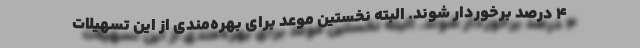
۴ درصد برخوردار شوند. البته نخستين موعد براي بهره‌مندي از اين تسهيلات